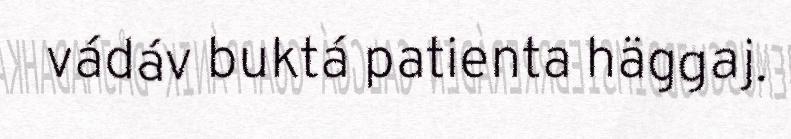
vádáv buktá patienta häggaj.